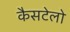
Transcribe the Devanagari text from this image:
कैसटेलो